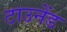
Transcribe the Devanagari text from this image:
टाउनेंड